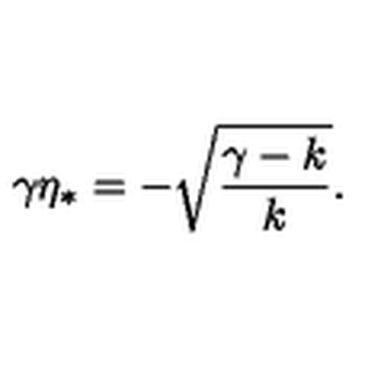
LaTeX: \gamma \eta _ { * } = - \sqrt { \frac { \gamma - k } { k } } .